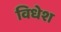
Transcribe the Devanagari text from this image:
विधेश